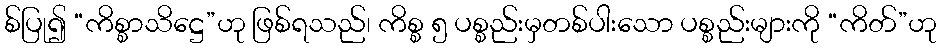
စ်ပြု၍ “ကိစ္စာသိဋ္ဌေ”ဟု ဖြစ်ရသည်၊ ကိစ္စ ၅ ပစ္စည်းမှတစ်ပါးသော ပစ္စည်းများကို “ကိတ်”ဟု